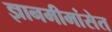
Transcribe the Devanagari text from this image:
ज्ञानमीमांसेत